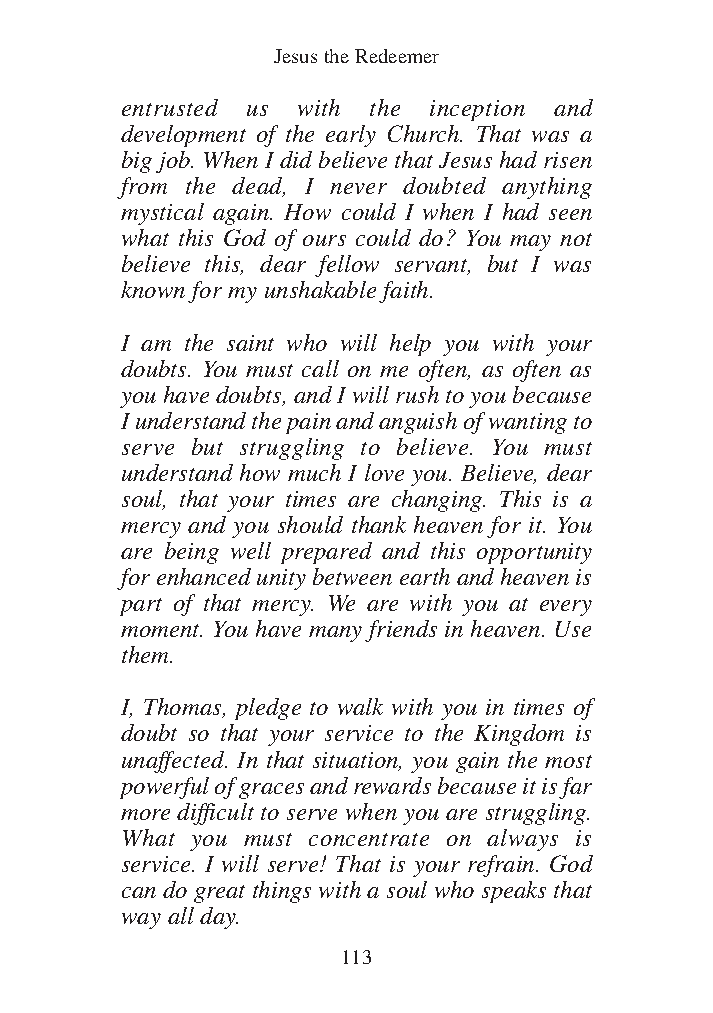
DFOT Vol 5 No App_1 12/3/13 8:54 PM Page 113
 Jesus the Redeemer
 entrusted us with the inception and
 development of the early Church. That was a
 big job. When I did believe that Jesus had risen
 from the dead, I never doubted anything
 mystical again. How could I when I had seen
 what this God of ours could do? You may not
 believe this, dear fellow servant, but I was
 known for my unshakable faith.
 I am the saint who will help you with your
 doubts. You must call on me often, as often as
 you have doubts, and I will rush to you because
 I understand the pain and anguish of wanting to
 serve but struggling to believe. You must
 understand how much I love you. Believe, dear
 soul, that your times are changing. This is a
 mercy and you should thank heaven for it. You
 are being well prepared and this opportunity
 for enhanced unity between earth and heaven is
 part of that mercy. We are with you at every
 moment. You have many friends in heaven. Use
 them.
 I, Thomas, pledge to walk with you in times of
 doubt so that your service to the Kingdom is
 unaffected. In that situation, you gain the most
 powerful of graces and rewards because it is far
 more difficult to serve when you are struggling.
 What you must concentrate on always is
 service. I will serve! That is your refrain. God
 can do great things with a soul who speaks that
 way all day.
 113